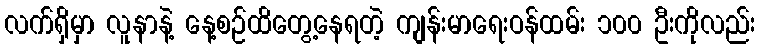
လက်ရှိမှာ လူနာနဲ့ နေ့စဉ်ထိတွေ့နေရတဲ့ ကျန်းမာရေးဝန်ထမ်း ၁၀၀ ဦးကိုလည်း